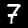
Digit: 7